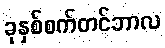
ခုနှစ်စက်တင်ဘာလ